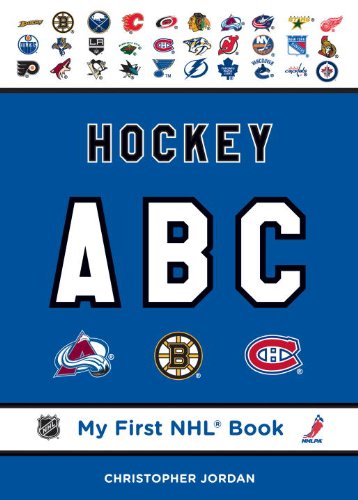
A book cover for Hockey ABC (My First NHL Book); Christopher Jordan; Children's Books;